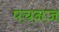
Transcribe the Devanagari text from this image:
पचनज